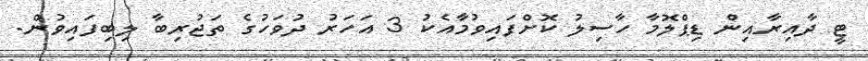
ޓީ ދާއިރާއިން ޑިޕްލޮމާ ހާސިލު ކޮށްފައިވުމާއެކު 3 އަހަރު ދުވަހުގެ ތަޖުރިބާ ލިބިފައިވުން.